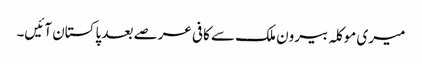
میری موکلہ بیرون ملک سے کافی عرصے بعد پاکستان آئیں۔